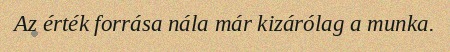
Az érték forrása nála már kizárólag a munka.